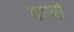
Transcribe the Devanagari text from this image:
गांजो